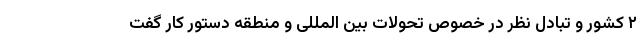
۲ کشور و تبادل نظر در خصوص تحولات بین المللی و منطقه دستور کار گفت